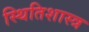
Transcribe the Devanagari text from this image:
स्थितिशास्त्र